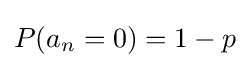
P(a_{n}=0)=1-p